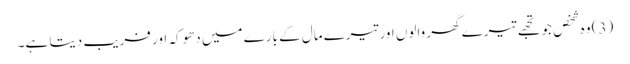
(3) وہ شخص جو تجھے تیرے گھر والوں اور تیرے مال کے بارے میں دھوکہ اور فریب دیتا ہے۔